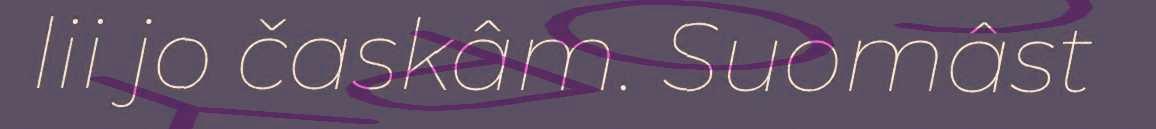
lii jo časkâm. Suomâst